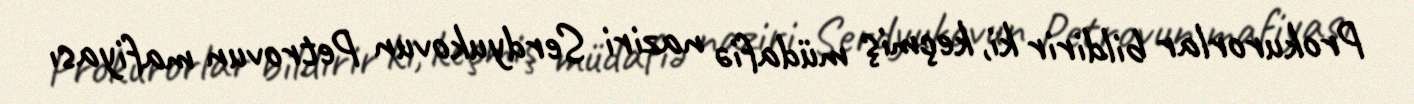
Prokurorlar bildirir ki, keçmiş müdafiə naziri Serdyukovun Petrovun mafiyası